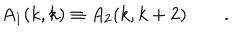
A _ { 1 } ( k , k ) \equiv A _ { 2 } ( k , k + 2 ) \qquad .